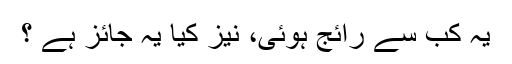
یہ کب سے رائج ہوئی، نیز کیا یہ جائز ہے ؟